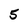
Character: 5